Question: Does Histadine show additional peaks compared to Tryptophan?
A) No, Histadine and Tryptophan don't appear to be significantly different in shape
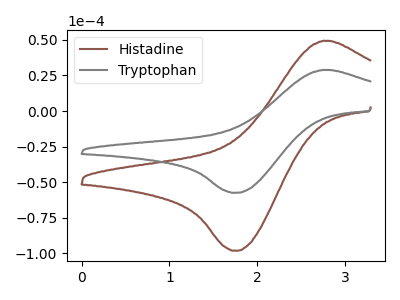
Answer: <think>The brown curve "Histadine" has an anodic peak at (2.75V, 49.35uA) and a cathodic peak at (1.75V, -98.15uA). The gray curve "Tryptophan" has an anodic peak at (2.75V, 28.90uA) and a cathodic peak at (1.75V, -57.50uA).
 All the peaks in "Histadine" have a peak in "Tryptophan" at the same potential. Every peak in "Histadine" is higher than every peak in "Tryptophan".</think>
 <answer>A) No, "Histadine" and "Tryptophan" don't appear to be significantly different in shape</answer>
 <eval>A</eval>